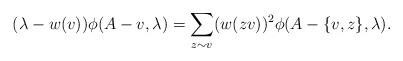
LaTeX: \begin{align*}(\lambda-w(v))\phi(A-v,\lambda)=\displaystyle\sum_{z\sim v}(w(zv))^{2}\phi(A-\{v,z\},\lambda).\end{align*}